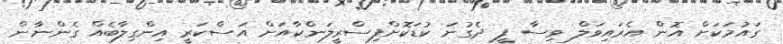
ގައުމަކަށް އޮން އެރައިވަލް ވިސާ ފީ ދެގުނަ ކުޑަކޮށްފިސްރީލަންކާއަށް އަސްކަރީ އިންގިލާބެއް ގެންނާން